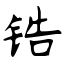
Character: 锆